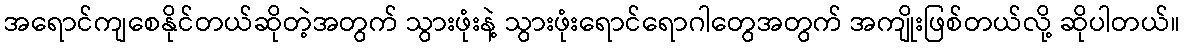
အရောင်ကျစေနိုင်တယ်ဆိုတဲ့အတွက် သွားဖုံးနဲ့ သွားဖုံးရောင်ရောဂါတွေအတွက် အကျိုးဖြစ်တယ်လို့ ဆိုပါတယ်။